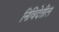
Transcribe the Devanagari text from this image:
निविदेतील